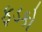
ફડકો